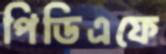
পিডিএফে